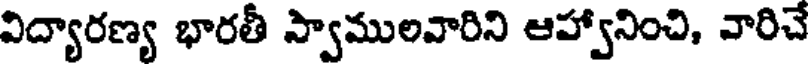
విద్యారణ్య భారతీ స్వాములవారిని ఆహ్వానించి, వారిచే